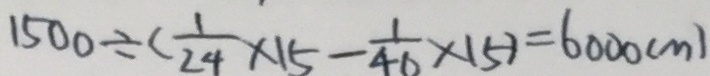
1 5 0 0 \div ( \frac { 1 } { 2 4 } \times 1 5 - \frac { 1 } { 4 6 } \times 1 5 ) = 6 0 0 0 ( m )